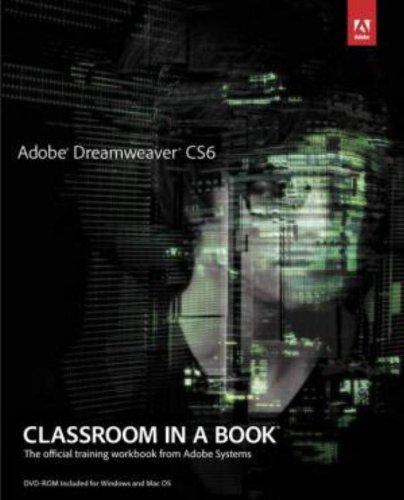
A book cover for Adobe Dreamweaver CS6 Classroom in a Book; Adobe Creative Team; Computers & Technology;